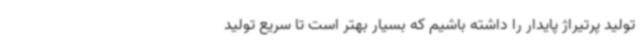
تولید پرتیراژ پایدار را داشته باشیم که بسیار بهتر است تا سریع تولید